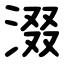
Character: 涰